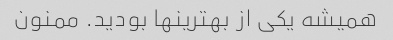
همیشه یکی از بهترینها بودید. ممنون